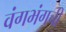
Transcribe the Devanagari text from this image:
वंगभंगची